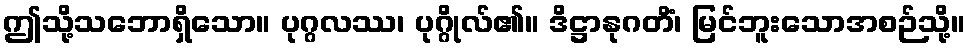
ဤသို့သဘောရှိသော။ ပုဂ္ဂလဿ၊ ပုဂ္ဂိုလ်၏။ ဒိဋ္ဌာနုဂတိံ၊ မြင်ဘူးသောအစဉ်သို့။